Report on vaccination in Madras 1895-1903 - 1895-1903
Year: 1895
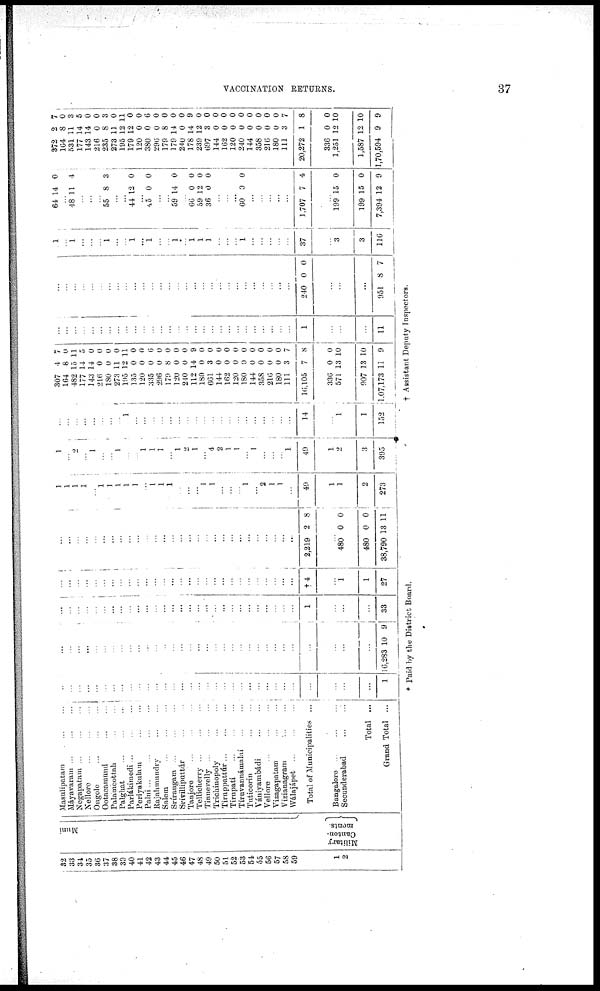
VACCINATION RETURNS.
37
32
33
34
35
36
37
38
39
40
41
42
43
44
45
46
47
48
49
50
51
52
53
54
55
56
57
58
59
1
2
Muni
Military
Canton-
ments.
Masulipatam... ...
Máyavaram...
...
...
Negapatam... ... ...
Nellore... ... ...
Ongolo... ... ...
Ootacamund...
...
Palamcottah... ...
Palghat...
...
...
Parlákimedi...
...
...
Periyakulam... ...
Palni...
...
...
...
Rajahmundry... ... ...
Salem...
...
...
Sríraugam... ... ...
Srívilliputtúr... ...
Tanjore...
...
...
Tellicherry... ... ...
Tinuevelly... ... ...
Trichinopoly...
...
...
Tiruppattúr...
...
...
Tirupati...
...
...
Tiruvannámalai... ...
Tuticorin...
...
Vánivambádi...
...
Vellore...
...
...
Vizagapatam...
...
Vizianagram...
...
Wálajápet...
...
...
Total of Municipalities ...
Bangalore...
...
...
Secunderabad...
...
Total ...
Grand Total ...
...
...
...
...
...
...
...
...
...
...
...
...
...
...
...
...
...
...
...
...
...
... ...
...
...
...
...
...
...
...
...
...
1
...
...
...
...
...
...
...
...
...
...
...
...
...
...
...
...
...
...
...
...
...
...
...
...
...
...
...
...
...
...
...
...
16,283 10 9
...
...
...
...
...
...
...
...
...
...
...
...
...
...
...
...
...
...
...
...
...
... ...
...
...
...
...
...
1
...
...
...
33
...
...
...
...
...
...
...
...
...
...
...
...
...
...
...
...
...
...
...
...
...
...
...
...
...
...
...
...
† 4
...
1
1
27
...
...
...
...
...
...
...
...
...
...
...
...
...
...
...
...
...
...
...
...
...
...
...
...
...
...
...
...
2,219
2 8
...
480
480
38,790
0
0
13
0
0
11
1
1
1
1
... 1
1
1
1
1
...
1
1
1
...
...
... 1
1
...
...
... 1
...
2
1
1
...
49
1
1
2
273
1
... 2
...
1
...
...
l
...
...
1
1
1
...
1
2
l
...
4
2
1
1
...
1
...
...
... 1
49
1
2
3
395
... _J
...
...
...
...
...
...
...
...
1
...
...
...
...
...
...
...
...
...
...
...
...
...
...
...
...
...
...
...
14
...
1
1
152
307
164
482
177
143
216
180
273
195
135
120
335
296
179
120
240
112
180
661
144
162
120
180
144
358
216
180
111
16,105
336
571
907
1.07,173
4
8
15
14
14
0
0
11
12
0
0
0
0
8
0
0
14
0
3
0
0
0
0
0
0
0
0
3
7
0
13
13
11
7
0
11
5
0
0
0
0
11
0
0
6
0
0
0
0
9
0
0
0
0
0
0
0
0
0
0
7
8
0
10
10
9
...
...
...
...
...
...
...
...
...
...
...
...
...
...
...
...
...
...
...
...
...
...
...
...
...
...
...
...
1
...
...
...
11
...
...
...
...
...
...
...
...
...
...
...
...
...
...
...
...
...
...
...
...
...
...
...
...
...
...
...
...
240 0 0
...
...
...
951 8 7
1
...
1
...
...
...
l
...
...
1
...
1
...
...
l
...
1
l
l
...
...
... l
...
...
...
...
...
37
...
3
3
116
64 14 0
... 48 11 4
...
...
...
55 8 3
...
...
44 12 0
... 45 0 0
...
...
59 14 0
...
66
59
36
0
12
0
0
0
0
...
...
...
60 0 0
...
...
...
...
...
1,707 7 4
...
199
199
7,394
15
15
12
0
0
9
372
164
531
177
143
216
235
273
195
179
120
380
296
179
179
240
178
239
697
144
162
120
240
144
358
216
180
111
20,272
336
1,251
1,587
1,70,594
2
8
11
14
14
0
8
11
12
12
0
0
0
8
14
0
14
12
3
0
0
0
0
0
0
0
0
3
1
0
12
12
9
7
0
3
5
0
0
3
0
11
0
0
6
0
0
0
0
9
0
0
0
0
0
0
0
0
0
0
7
8
0
10
10
9
* Paid by the District Board.
† Assistant Deputy Inspectors.